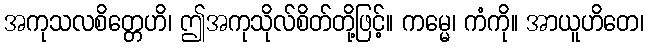
အကုသလစိတ္တေဟိ၊ ဤအကုသိုလ်စိတ်တို့ဖြင့်။ ကမ္မေ၊ ကံကို။ အာယူဟိတေ၊